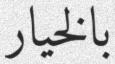
بالخيار